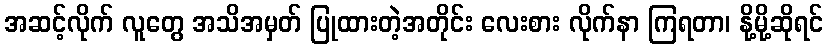
အဆင့်လိုက် လူတွေ အသိအမှတ် ပြုထားတဲ့အတိုင်း လေးစား လိုက်နာ ကြရတာ၊ နို့မို့ဆိုရင်